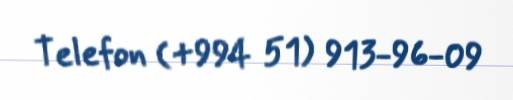
Telefon (+994 51) 913-96-09